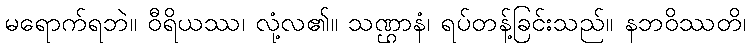
မရောက်ရဘဲ။ ဝီရိယဿ၊ လုံ့လ၏။ သဏ္ဌာနံ၊ ရပ်တန့်ခြင်းသည်။ နဘဝိဿတိ၊